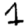
Digit: 1